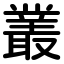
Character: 叢